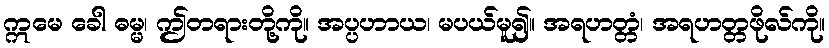
ဣမေ ခေါ ဓမ္မ၊ ဤတရားတို့ကို။ အပ္ပဟာယ၊ မပယ်မူ၍။ အရဟတ္တံ၊ အရဟတ္တဖိုလ်ကို။